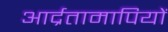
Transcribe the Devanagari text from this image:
आर्द्रतामापियों